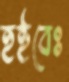
হইবেঃ